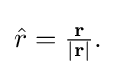
{\textstyle {\hat {r}}={\frac {\mathbf {r} }{|\mathbf {r} |}}.}